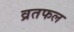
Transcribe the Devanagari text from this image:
व्रतफल